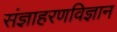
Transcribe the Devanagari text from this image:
संज्ञाहरणविज्ञान